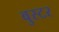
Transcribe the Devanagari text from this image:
वुस्टर